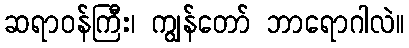
ဆရာဝန်ကြီး၊ ကျွန်တော် ဘာရောဂါလဲ။